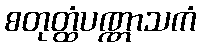
စတုတ္ထံပဏ္ဏာသကံ